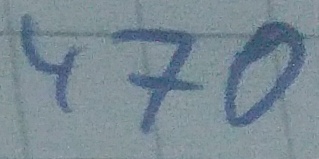
Text: 470